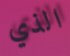
الذي